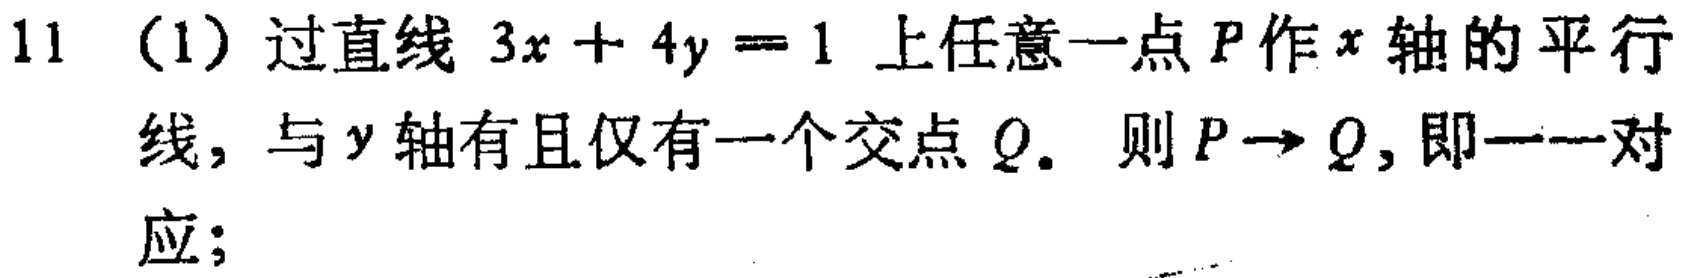
11（1）过直线 \(3x + 4y = 1\) 上任意一点 \(P\) 作 \(x\) 轴的平行线，与 \(y\) 轴有且仅有一个交点 \(Q\)。则 \(P\rightarrow Q\)，即一一对应；